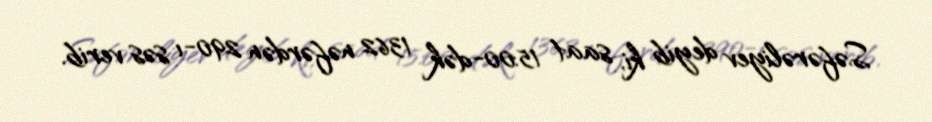
Səfərəliyev deyib ki, saat 15:00-dək 1362 nəfərdən 290-ı səs verib.